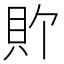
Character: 𫎑